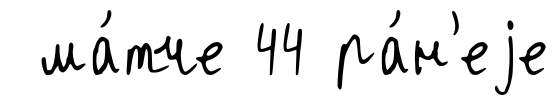
ма́тче 44 ра́н'еjе